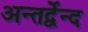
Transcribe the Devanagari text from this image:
अन्तर्द्वेन्द